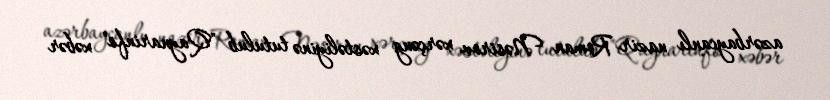
azərbaycanlı nazir Roman Nəsirov xərçəng xəstəliyinə tutulub "Qaynarinfo" xəbər